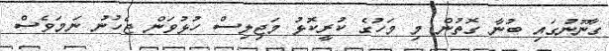
ގާނޫނުގައި ބުނާ ގޮތުން މި މަހުގެ ކުރީކޮޅު މަޖިލިސް ހުޅުވަން ޖެހުނު ނަމަވެސް